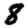
Digit: 8